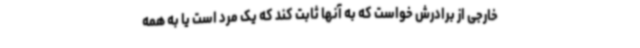
خارجی از برادرش خواست که به آنها ثابت کند که یک مرد است یا به همه